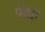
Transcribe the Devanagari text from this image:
पोद्मा